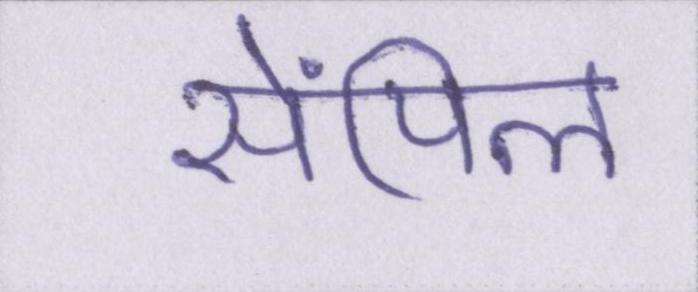
सेंपिल